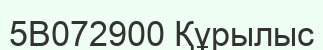
5В072900 Құрылыс